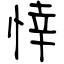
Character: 悻